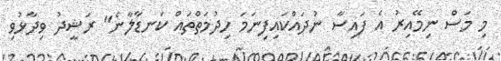
މި މަސް ނިމޭއިރު އެ ފައިސާ ނުދައްކައިފިނަމަ ހިދުމަތްތައް ކަނޑާލާނެ" ރަޝީދު ވިދާޅުވި